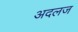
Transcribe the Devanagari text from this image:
अदलज